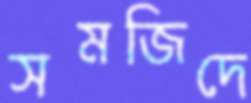
সমজিদে